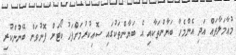
މުޢާމަލާތައް އަދި އެންމެހާ ބަޔާންތަކާއި އެ ބަޔާންތަކުގައި ސޮއިކުރުމަށްފަހު ކޯޓަށް ފޮނުވަން ބޭނުންކުރި